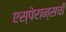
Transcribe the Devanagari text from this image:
एस्पेरान्सची